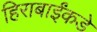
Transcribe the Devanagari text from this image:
हिराबाईंकडे